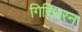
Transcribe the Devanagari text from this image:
गिरिधरन